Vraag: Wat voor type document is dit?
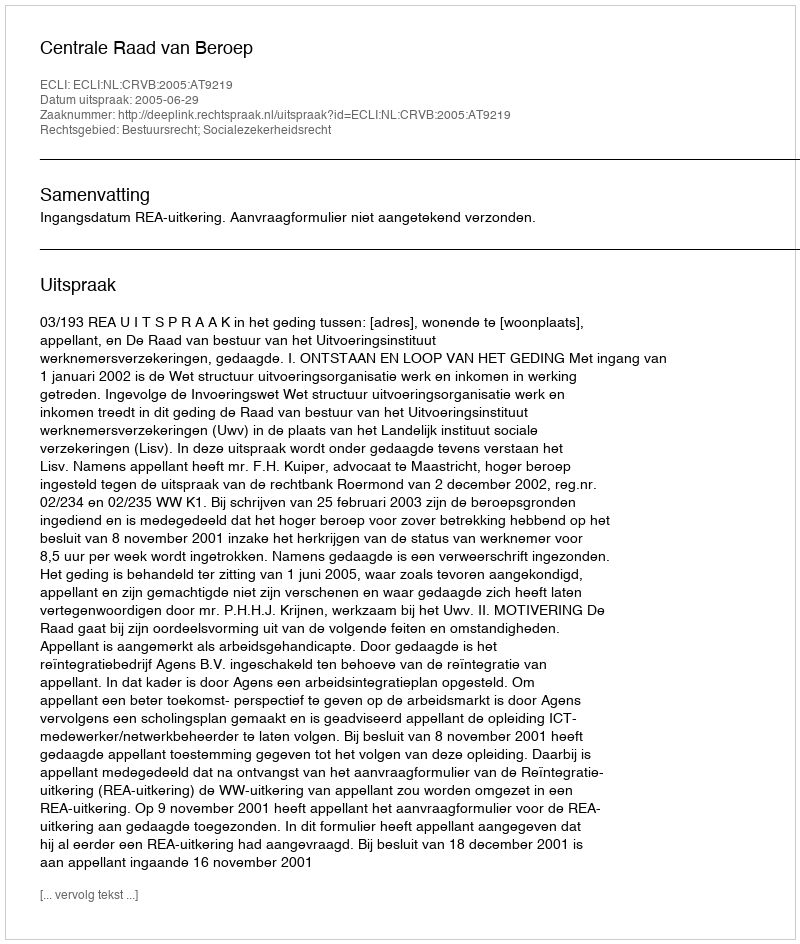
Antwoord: Uitspraak